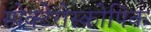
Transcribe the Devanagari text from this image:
स्पेक्टेरोस्कोपिक